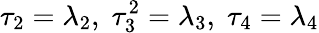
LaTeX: \tau_{2}=\lambda_{2},\; \tau_{3}^{2}=\lambda_{3},\; \tau_{4}=\lambda_{4}